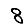
Digit: 8